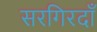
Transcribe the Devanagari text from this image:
सरगिरदाँ